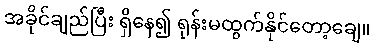
အခိုင်ချည်ပြီး ရှိနေ၍ ရုန်းမထွက်နိုင်တော့ချေ။